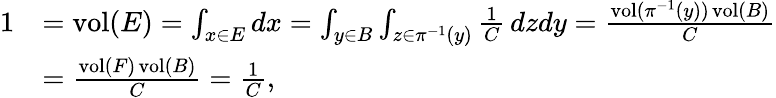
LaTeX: \begin{array}{rl}{1}&{=\operatorname{vol}(E)=\int_{x\in E}dx=\int_{y\in B}\int_{z\in\pi^{-1}(y)}\frac{1}{C}\, dzdy=\frac{\operatorname{vol}(\pi^{-1}(y))\operatorname{vol}(B)}{C}}\\ &{=\frac{\operatorname{vol}(F)\operatorname{vol}(B)}{C}=\frac{1}{C},}\end{array}